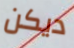
ديكن